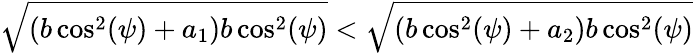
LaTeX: \sqrt{(b\cos^{2}(\psi)+a_{1})b\cos^{2}(\psi)}<\sqrt{(b\cos^{2}(\psi)+a_{2})b\cos^{2}(\psi)}